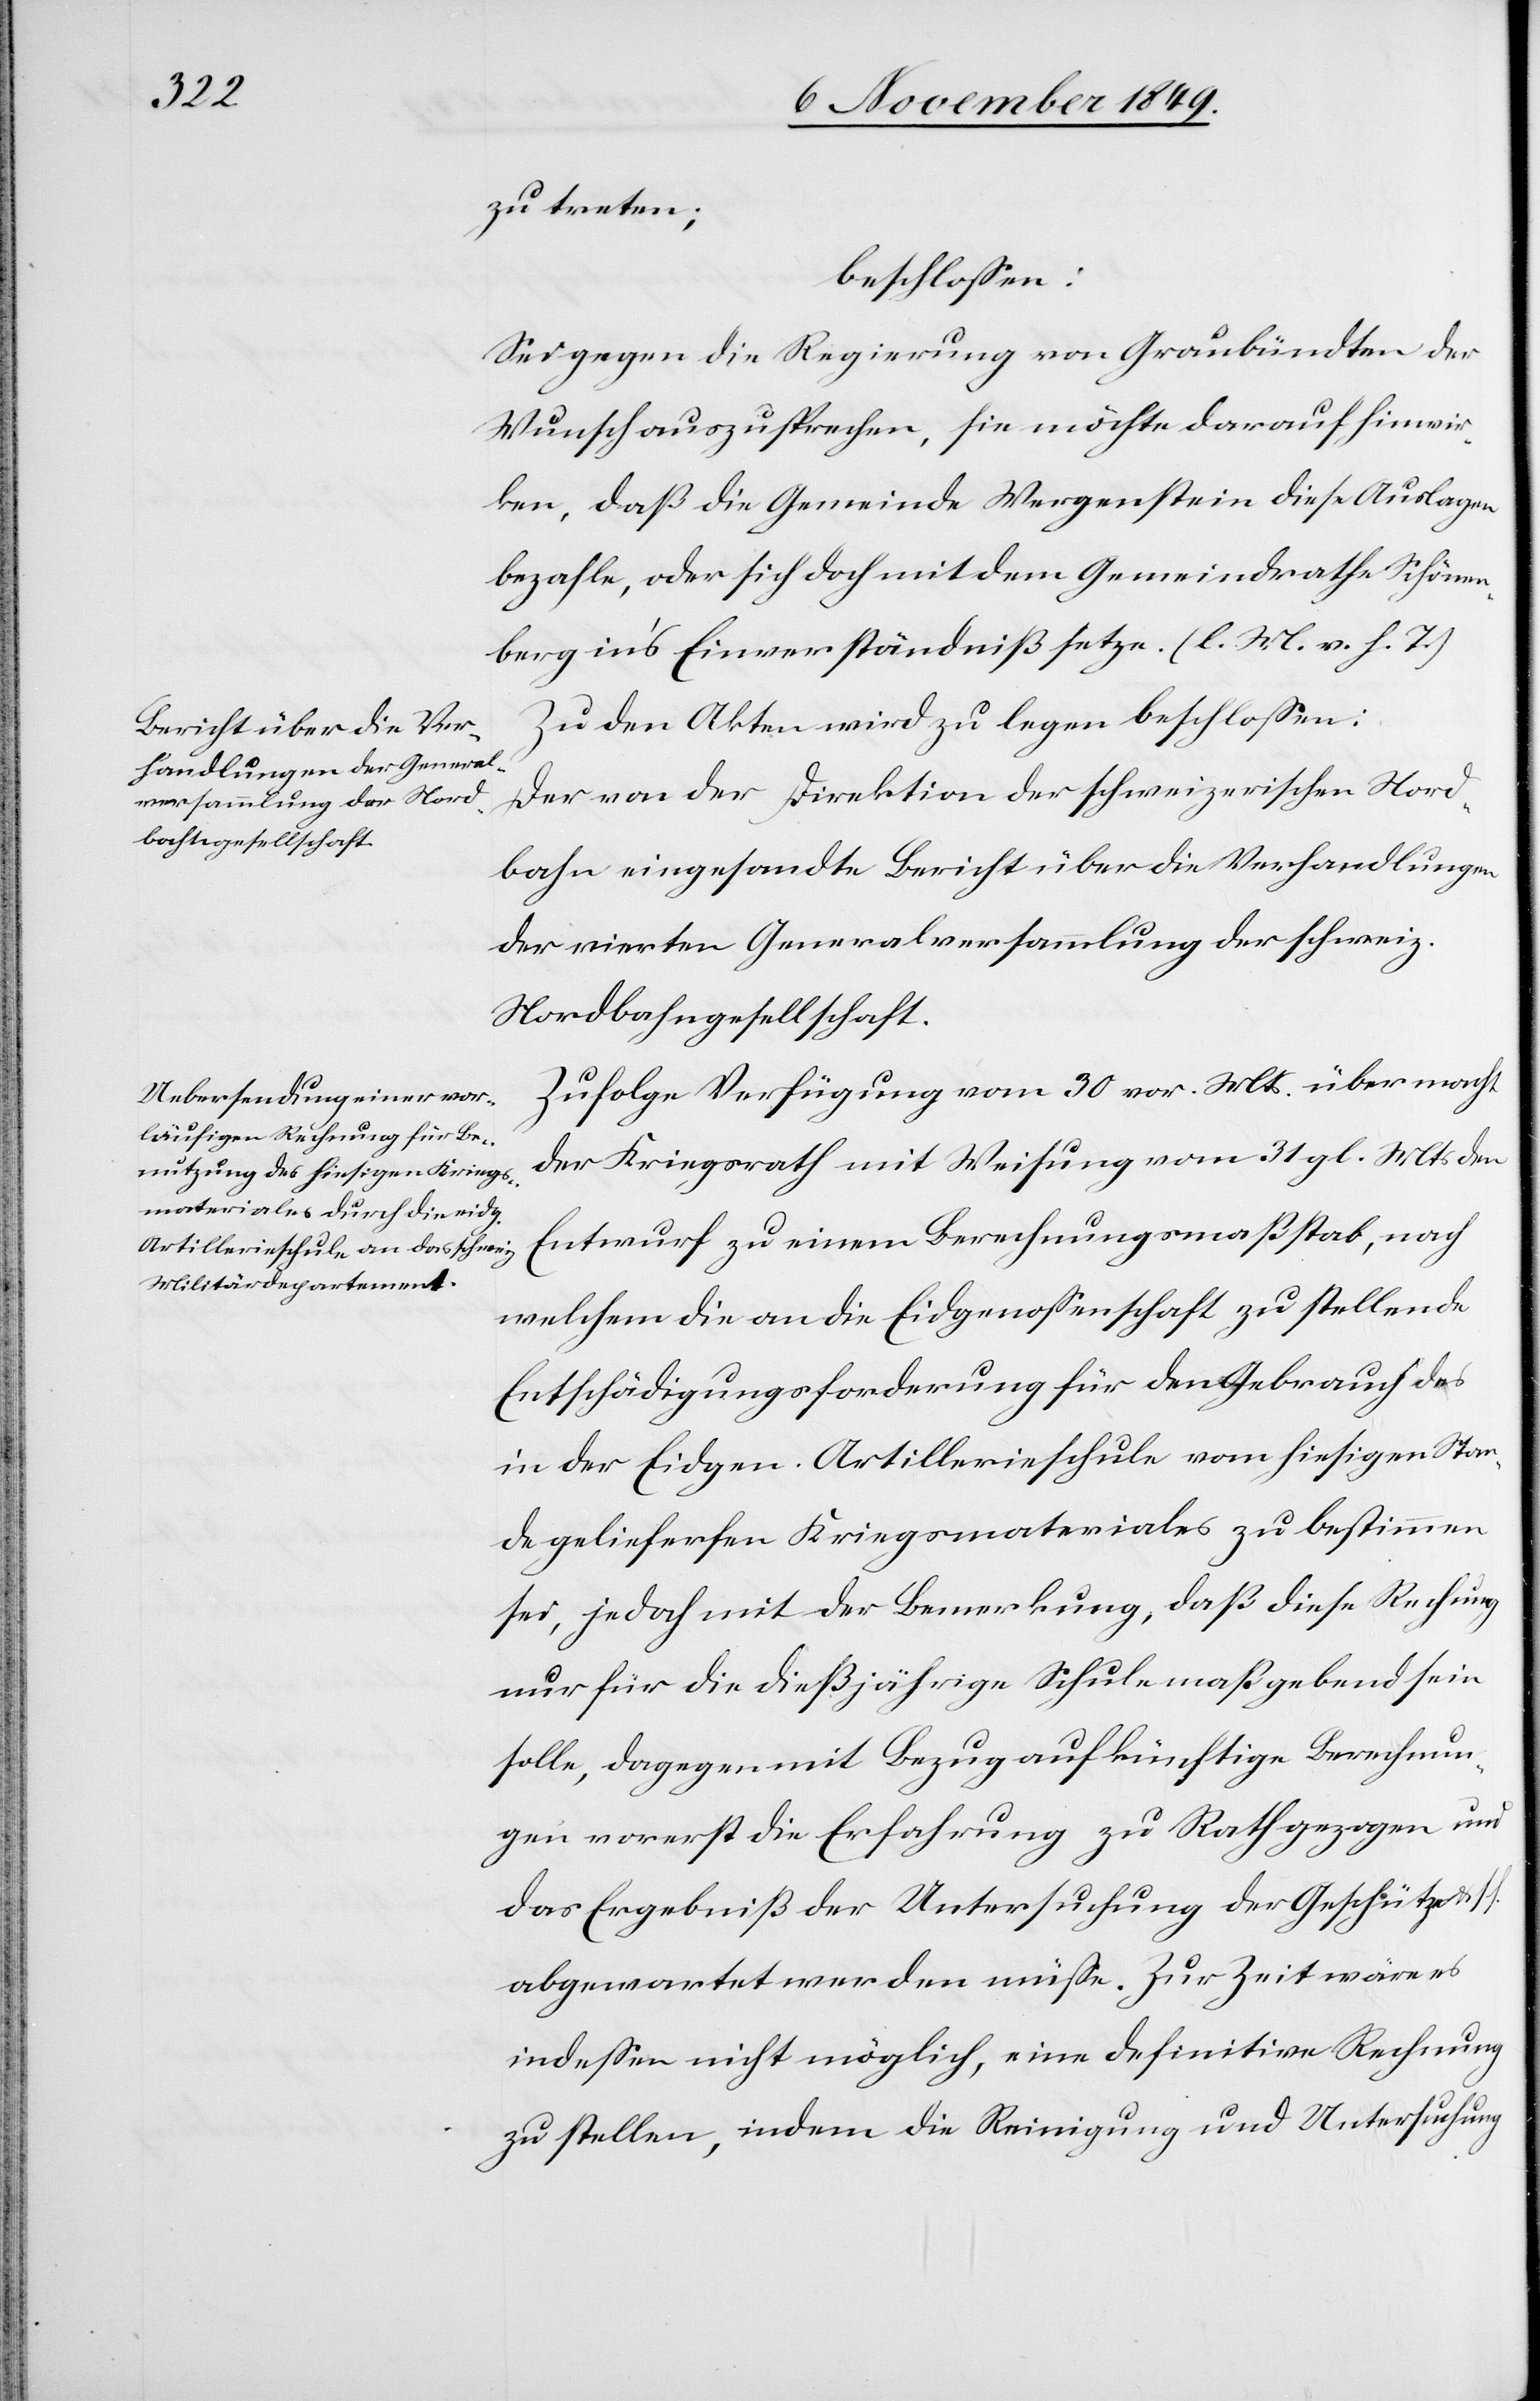
zu treten;
beschloßen:
Sei gegen die Regierung von Graubündten der
Wunsch auszusprechen, sie möchte darauf hinwir¬
ken, daß die Gemeinde Wergenstein die Auslagen
bezahle, oder sich doch mit dem Gemeindrathe Schönen¬
berg in’s Einverständniß setze. [l. M. v. h. T]
Zu den Akten wird zu legen beschloßen:
Der von der Direktion der schweizerischen Nord¬
bahn eingesandte Bericht über die Verhandlungen
der vierten Generalversammlung der schweiz.
Nordbahngesellschaft.
Zufolge Verfügung vom 30 vor. Mts. übermacht
der Kriegsrath mit Weisung vom 31 gl. Mts. den
Entwurf zu einem Berechnungsmaßstab, nach
welchem die an die Eidgenossenschaft zu stellende
Entschädigungsforderung für den Gebrauch des
in der Eidgen. Artillerieschule vom hiesigen Stan¬
de gelieferfen [sic!] Kriegsmateriales zu bestimmen
sei, jedoch mit der Bemerkung, daß diese Rechnung
nur für die dießjährige Schule maßgebend sein
solle, dagegen mit Bezug auf künftige Berechnun¬
gen vorerst die Erfahrung zu Rath gezogen und
das Ergebniß der Untersuchung der Geschütze u.
abgewartet werden müße. Zur Zeit wäre es
indeßen nicht möglich, eine definitive Rechnung
zu stellen, indem die Reinigung und Untersuchung